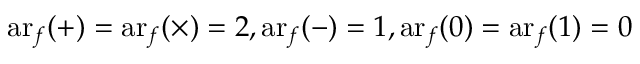
\operatorname { a r } _ { f } ( + ) = \operatorname { a r } _ { f } ( \times ) = 2 , \operatorname { a r } _ { f } ( - ) = 1 , \operatorname { a r } _ { f } ( 0 ) = \operatorname { a r } _ { f } ( 1 ) = 0